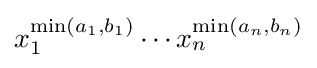
{\textstyle x_{1}^{\min(a_{1},b_{1})}\cdots x_{n}^{\min(a_{n},b_{n})}}